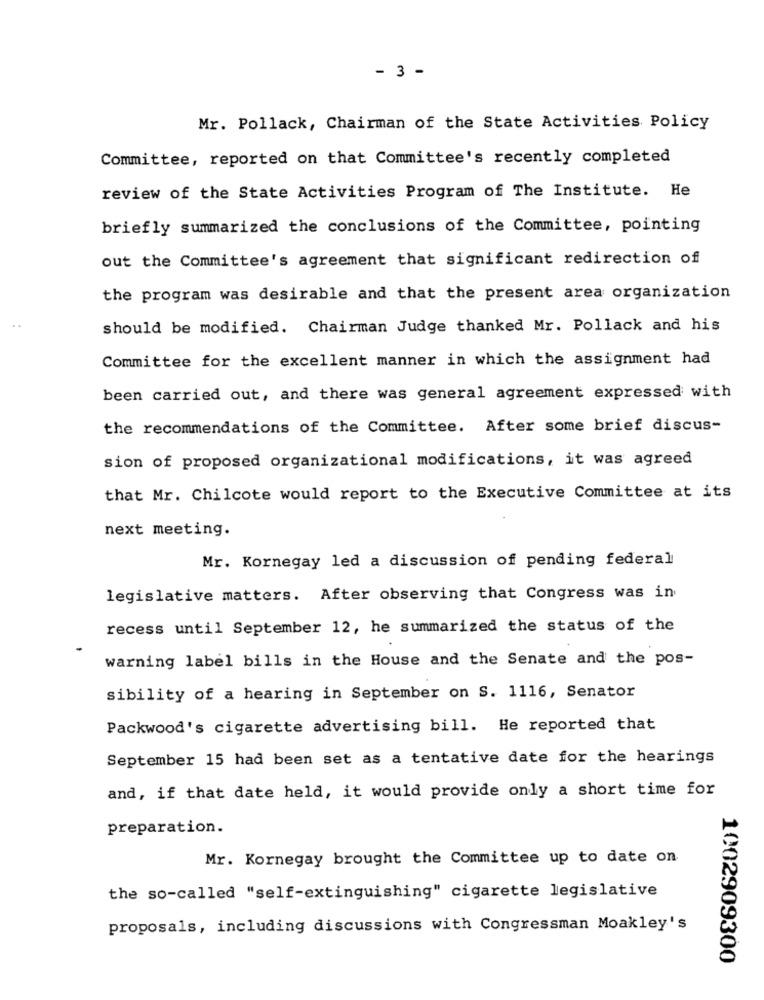
- 3 -
Mr. Pollack, Chairman of the State Activities Policy
Committee, reported on that Committee's recently completed
review of the State Activities Program of The Institute. He
briefly summarized the conclusions of the Committee, pointing
out the Committee's agreement that significant redirection of
the program was desirable and that the present area organization
..
should be modified. Chairman Judge thanked Mr. Pollack and his
Committee for the excellent manner in which the assignment had
been carried out, and there was general agreement expressed with
the recommendations of the Committee. After some brief discus-
sion of proposed organizational modifications, it was agreed
that Mr. Chilcote would report to the Executive Committee at its
next meeting.
Mr. Kornegay led a discussion of pending federal
legislative matters. After observing that Congress was in
recess until September 12, he summarized the status of the
warning label bills in the House and the Senate and the pos-
sibility of a hearing in September on S. 1116, Senator
Packwood's cigarette advertising bill. He reported that
September 15 had been set as a tentative date for the hearings
and, if that date held, it would provide only a short time for
preparation.
Mr. Kornegay brought the Committee up to date on
the so-called "self-extinguishing" cigarette legislative
proposals, including discussions with Congressman Moakley's
1002909300